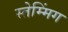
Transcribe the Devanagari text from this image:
स्तेम्मिंग